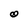
Character: O